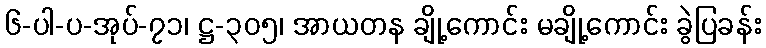
၆-ပါ-ပ-အုပ်-၇၁၊ ဋ္ဌ-၃၀၅၊ အာယတန ချို့ကောင်း မချို့ကောင်း ခွဲပြခန်း